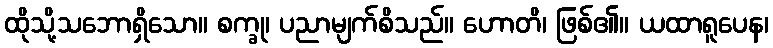
ထိုသို့သဘောရှိသော။ စက္ခု၊ ပညာမျက်စိသည်။ ဟောတိ၊ ဖြစ်၏။ ယထာရူပေန၊